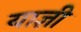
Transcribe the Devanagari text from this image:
याज्ञी